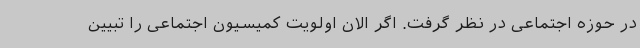
در حوزه اجتماعی در نظر گرفت. اگر الان اولویت کمیسیون اجتماعی را تبیین